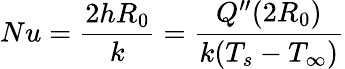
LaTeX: Nu=\frac{2hR_{0}}{k}=\frac{Q^{\prime\prime}(2R_{0})}{k(T_{s}-T_{\infty})}